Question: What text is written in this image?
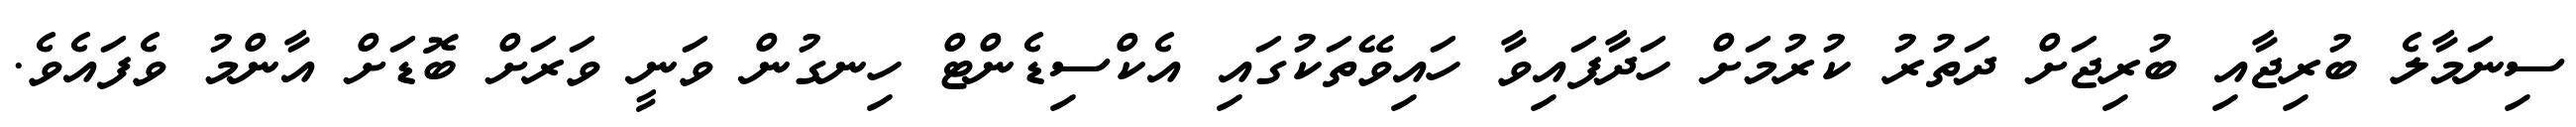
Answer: ސިނަމާލެ ބުރިޖާއި ބުރިޖަށް ދަތުރު ކުރުމަށް ހަދާފައިވާ ހައިވޭތަކުގައި އެކްސިޑެންޓް ހިނގުން ވަނީ ވަރަށް ބޮޑަށް އާންމު ވެފައެވެ.